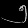
Digit: ၅